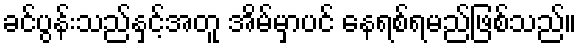
ခင်ပွန်းသည်နှင့်အတူ အိမ်မှာပင် နေရစ်ရမည်ဖြစ်သည်။